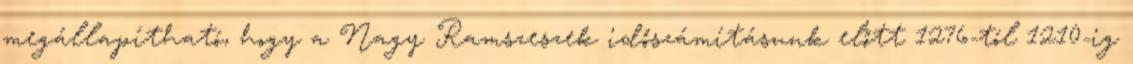
megállapítható, hogy a Nagy Ramszeszek időszámításunk előtt 1276-tól 1210-ig